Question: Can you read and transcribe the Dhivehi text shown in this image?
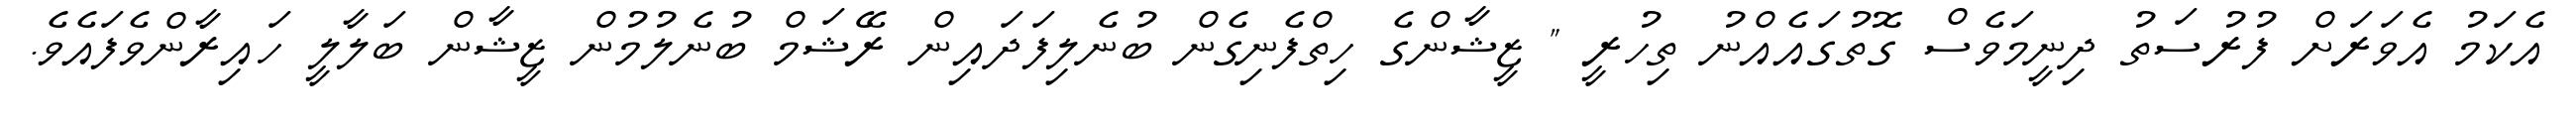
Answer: އެކަމު އެވަރަށް ފުރުސަތު ދިނީމަވެސް ގޮތުގައެއްނު ތިހުރީ " ޒީޝާންގެ ހިތްފެނިގެން ބުނެލިފަދައިން ރޭޝަމް ބުނެލުމުން ޒީޝާން ބަލާލީ ހައިރާންވެފައެވެ.